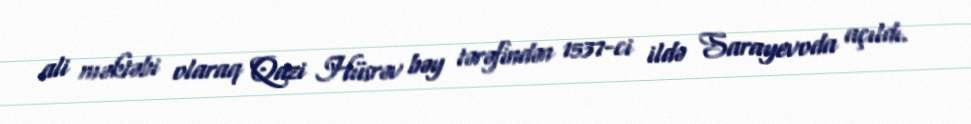
ali məktəbi olaraq Qazi Hüsrəv bəy tərəfindən 1537-ci ildə Sarayevoda açıldı.